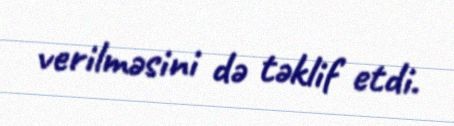
verilməsini də təklif etdi.